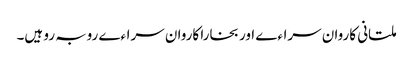
ملتانی کاروان سراءے اور بخارا کاروان سراءے روبہ رو ہیں۔